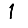
Digit: 1